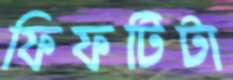
ফিফটিটা